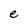
Character: e